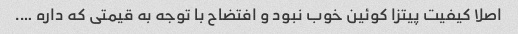
اصلا کیفیت پیتزا کوئین خوب نبود و افتضاح با توجه به قیمتی که داره ….